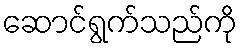
ဆောင်ရွက်သည်ကို